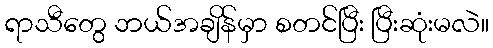
ရာသီတွေ ဘယ်အချိန်မှာ စတင်ပြီး ပြီးဆုံးမလဲ။